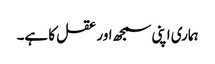
ہماری اپنی سمجھ اور عقل کا ہے۔